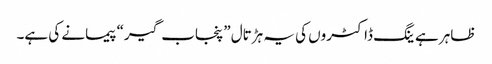
ظاہر ہے ینگ ڈاکٹروں کی یہ ہڑتال ”پنجاب گیر“ پیمانے کی ہے۔